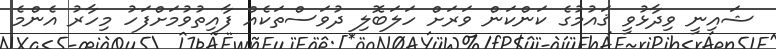
ޝައިނީ ވިދާޅުވީ ޤައުމުގެ ކަންކަން ވަރަށް ހަލަބޮލި ދުވަސްތަކެއް ފާއިތުވުމަށްފަހު މިހާރު އެންމެ